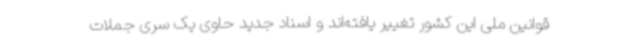
قوانین ملی این کشور تغییر یافته‌اند و اسناد جدید حاوی یک سری جملات